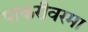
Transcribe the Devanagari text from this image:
पाकरीवरमा